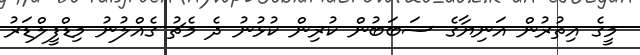
މީގެ އިތުރުން އަނިޔާގެ ސަބަބުން ކުރިން ކުޅުނު ދެ މެޗު ގެއްލުނު މިޑްފީލްޑަރު